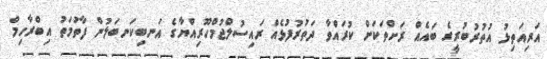
އަރިއަތިޅު އުތުރުބުރީގެ ބައެއް ރަށްތަކަށް ކުރައްވާ ދަތުރުފުޅެއް ރައިސުލްޖުމްހޫރިއްޔާގެ އަނބިކަނބަލުން ފާތުމަތު އިބްރާހިމް